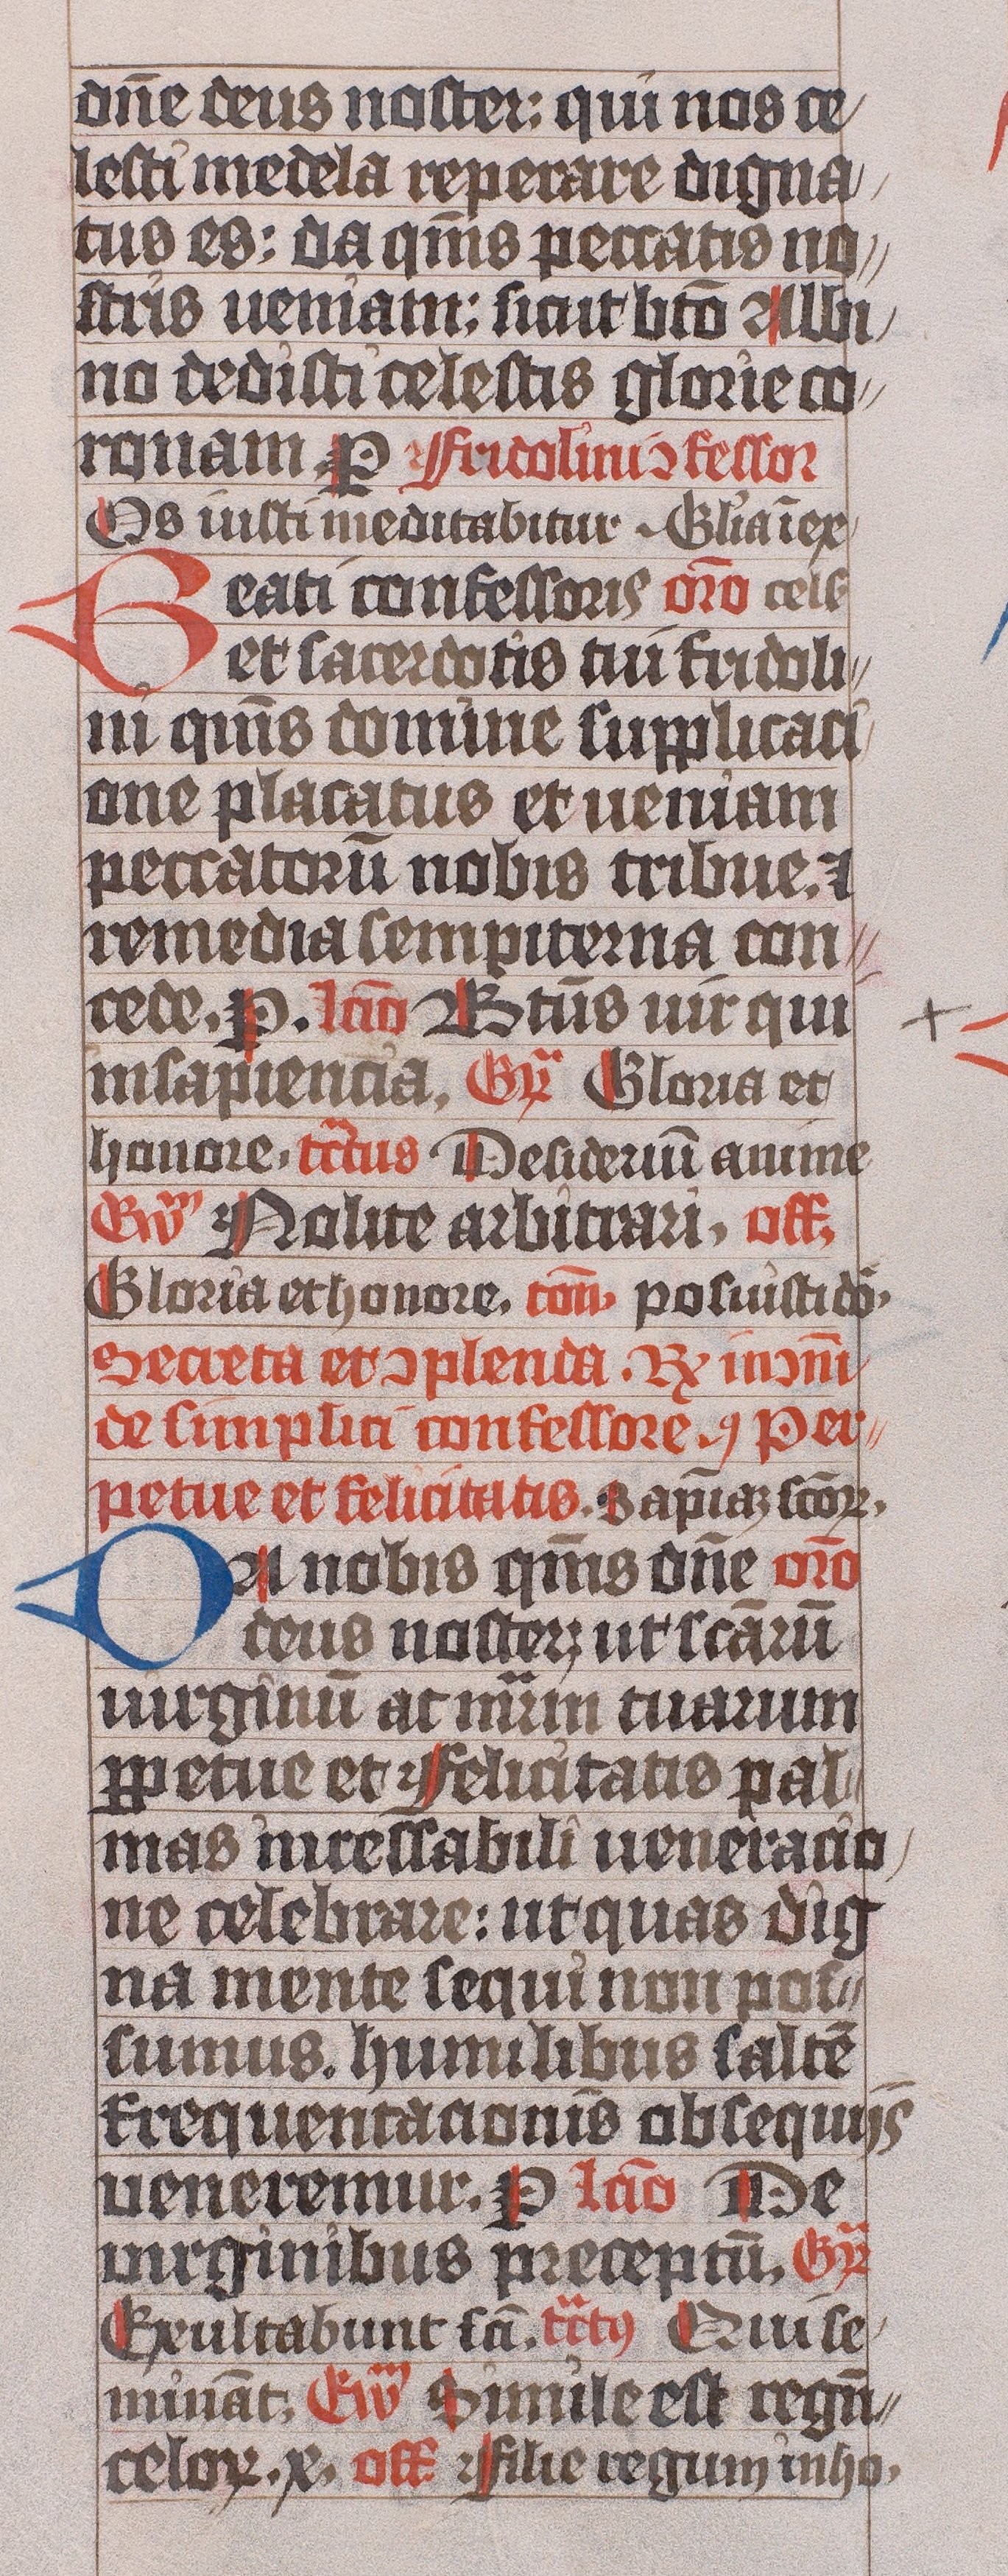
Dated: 1445–1475